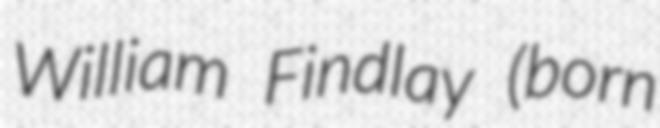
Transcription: William Findlay (born